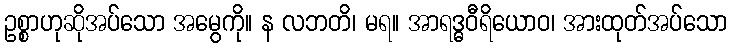
ဥစ္စာဟုဆိုအပ်သော အမွေကို။ န လဘတိ၊ မရ။ အာရဒ္ဓဝီရိယောဝ၊ အားထုတ်အပ်သော